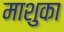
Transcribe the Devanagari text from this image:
माशुका